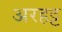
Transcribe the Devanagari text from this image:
अरहट्ट